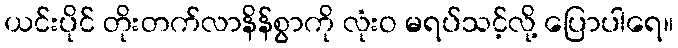
ယင်းပိုင် တိုးတက်လာနိန်စွာကို လုံးဝ မရပ်သင့်လို့ ပြောပါရေ။